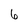
Character: 6